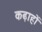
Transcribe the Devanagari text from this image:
कढ़ाहों